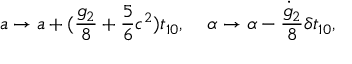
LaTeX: a \rightarrow a + ( \frac { g _ { 2 } } { 8 } + \frac { 5 } { 6 } c ^ { 2 } ) t _ { 1 0 } , \; \; \; \; \alpha \rightarrow \alpha - \frac { \dot { g } _ { 2 } } { 8 } \delta t _ { 1 0 } ,